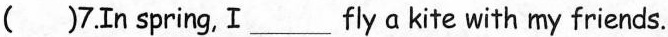
( ) 7.In spring, I ___ fly a kite with my friends.